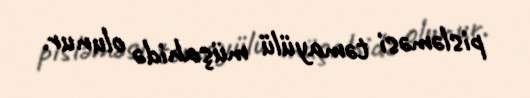
pisləməsi təmayülü müşahidə olunur.